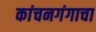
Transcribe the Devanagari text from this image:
कांचनगंगाचा